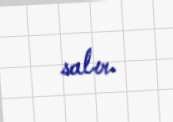
salır.